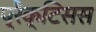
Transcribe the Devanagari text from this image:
प्रैक्टिसस